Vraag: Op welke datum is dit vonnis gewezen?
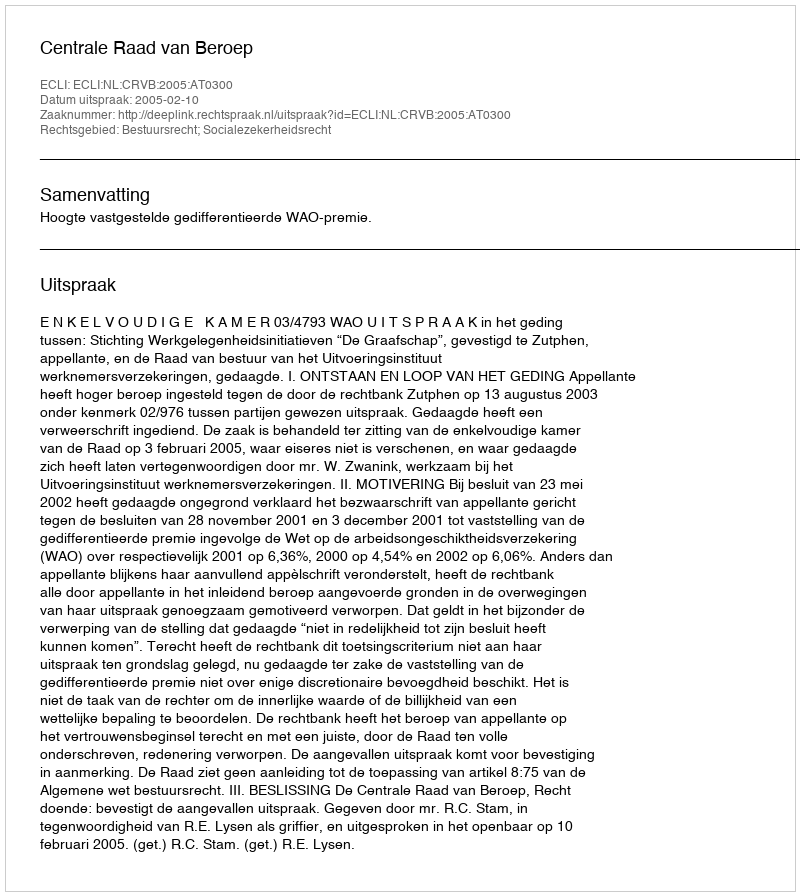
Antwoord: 2005-02-10